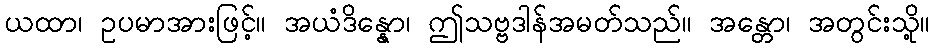
ယထာ၊ ဥပမာအားဖြင့်။ အယံဒိန္နော၊ ဤသဗ္ဗဒါန်အမတ်သည်။ အန္တော၊ အတွင်းသို့။